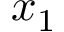
x _ { 1 }